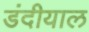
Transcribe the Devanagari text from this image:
डंदीयाल